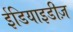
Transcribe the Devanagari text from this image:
ईडियाइडीज़